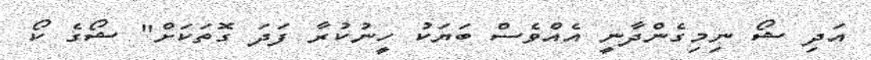
އަދި ޝޯ ނިމިގެންދާނީ އެއްވެސް ބަޔަކު ހީނުކުރާ ފަދަ ގޮތަކަށް" ޝޯގެ ކޯ